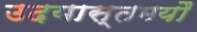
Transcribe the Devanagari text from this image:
उदयास्तमयौ